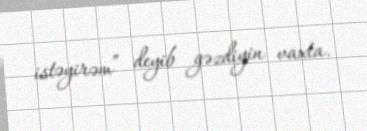
istəyirəm” deyib gəzdiyin vaxta.